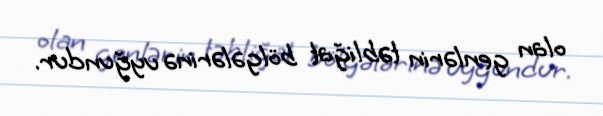
olan genlərin təbliğat bölgələrinə uyğundur.